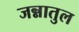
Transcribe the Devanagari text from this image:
जन्नातुल